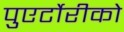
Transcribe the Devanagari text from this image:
पुएर्टोरीको